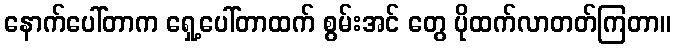
နောက်ပေါ်တာက ရှေ့ပေါ်တာထက် စွမ်းအင် တွေ ပိုထက်လာတတ်ကြတာ။